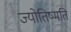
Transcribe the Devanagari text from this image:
ज्योतिष्मति